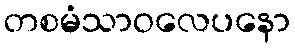
တစမံသာဝလေပနော